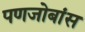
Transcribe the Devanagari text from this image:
पणजोबांस